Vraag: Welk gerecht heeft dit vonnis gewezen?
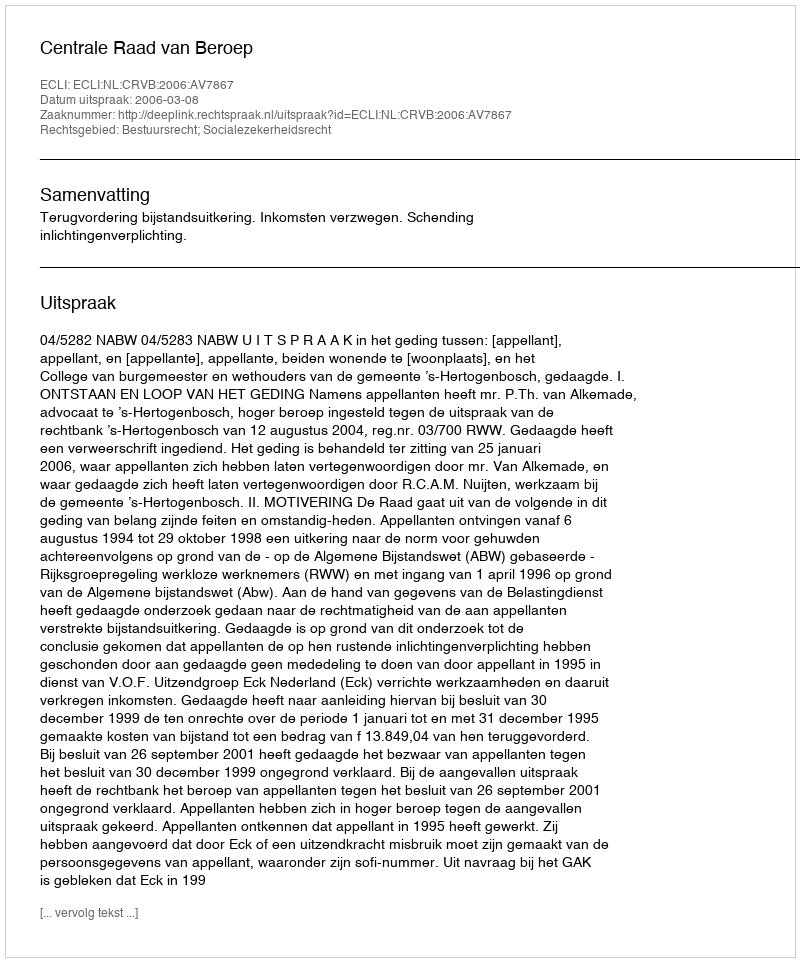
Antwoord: Centrale Raad van Beroep